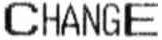
CHANGE